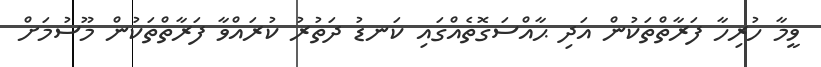
ވީމާ ހުރިހާ ފަރާތްތަކުން އަދި ޙާއްސަގޮތެއްގައި ކަނޑު ދަތުރު ކުރައްވާ ފަރާތްތަކުން މޫސުމަށް